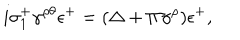
i \sigma _ { 1 } ^ { + } \gamma ^ { \rho \theta } \epsilon ^ { + } = ( \Delta + \Pi \gamma ^ { \rho } ) \epsilon ^ { + } ,